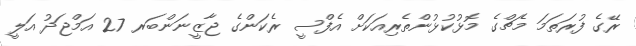
ރޭގެ ފުރަތަމަ މެޗްގެ މޮޅުކުޅުންތެރިއަކަށް އެފްސީ ރެކަންގެ ޖާޒީނަންބަރ 27 އަމްޖަދު އަލީ